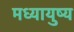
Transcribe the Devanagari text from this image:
मध्यायुष्य